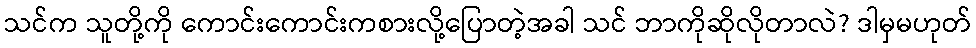
သင်က သူတို့ကို ကောင်းကောင်းကစားလို့ပြောတဲ့အခါ သင် ဘာကိုဆိုလိုတာလဲ? ဒါမှမဟုတ်